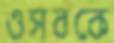
ওসবকে